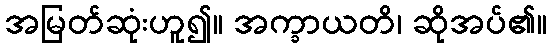
အမြတ်ဆုံးဟူ၍။ အက္ခာယတိ၊ ဆိုအပ်၏။